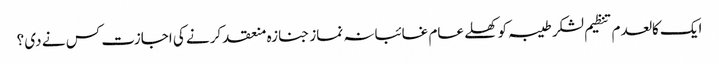
ایک کالعدم تنظیم لشکر طیبہ کو کھلے عام غائبانہ نماز جنازہ منعقد کرنے کی اجازت کس نے دی ؟